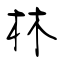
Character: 林